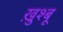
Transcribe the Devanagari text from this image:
ख़ुश्बू